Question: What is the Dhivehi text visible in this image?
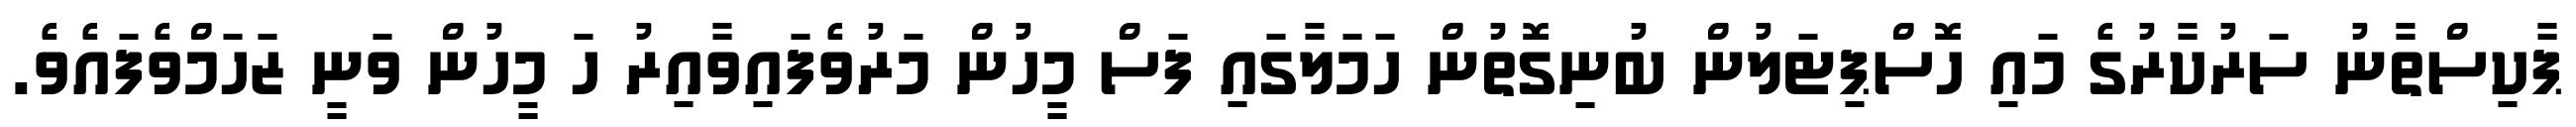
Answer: ޕާކިސްތާނު ސަރުކާރުގެ މައި ހޮސްޕިޓަލުން ބުނިގޮތުން ހަމަލާގައި ފަސް މީހުން މަރުވެފައިވާއިރު ހަ މީހުން ވަނީ ޒަހަމްވެފައެވެ.